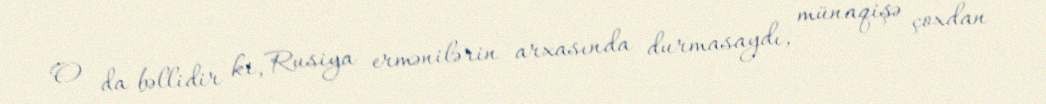
O da bəllidir ki, Rusiya ermənilərin arxasında durmasaydı, münaqişə çoxdan